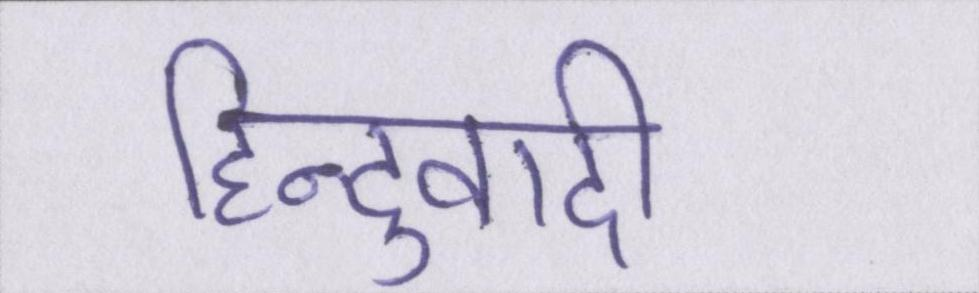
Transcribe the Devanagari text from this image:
हिन्दुवादी